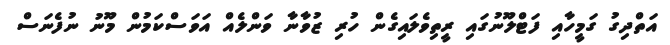
އަތްދިގު ގަމީހާއި ފަޓްލޫނުގައި ރީތިވެލައިގެން ހުރި ޒުވާނާ ވަންލެއް އަވަސްކަމުން މޫނު ނުފެނަސް